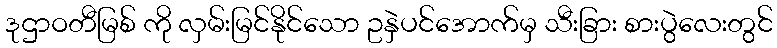
ဒုဌာဝတီမြစ် ကို လှမ်းမြင်နိုင်သော ဥနှဲပင်အောက်မှ သီးခြား စားပွဲလေးတွင်